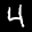
Label: 4